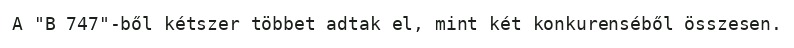
A "B 747"-ből kétszer többet adtak el, mint két konkurenséből összesen.